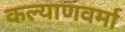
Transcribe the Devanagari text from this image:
कल्याणवर्मा